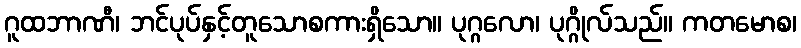
ဂူထဘာဏီ၊ ဘင်ပုပ်နှင့်တူသောစကားရှိသော။ ပုဂ္ဂလော၊ ပုဂ္ဂိုလ်သည်။ ကတမောစ၊